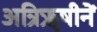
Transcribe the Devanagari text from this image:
अत्रिॠषीनें